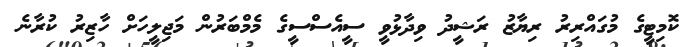
ކޮމިޓީގެ މުގައްރިރު ރިޔާޒު ރަޝީދު ވިދާޅުވީ ސީއެސްސީގެ މެމްބަރުން މަޖިލީހަށް ހާޒިރު ކުރާނެ